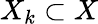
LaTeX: X_{k}\subset X